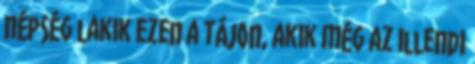
népség lakik ezen a tájon, akik még az illendı